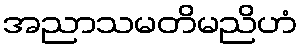
အညာသမတိမညိဟံ